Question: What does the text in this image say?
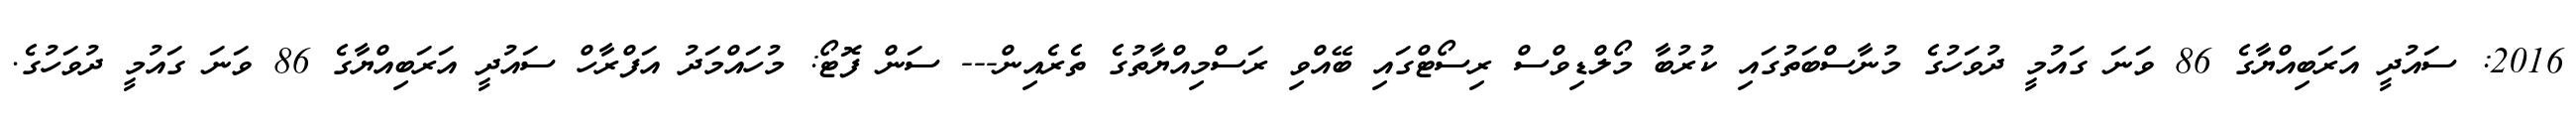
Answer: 2016: ސައުދީ އަރަބިއްޔާގެ 86 ވަނަ ގައުމީ ދުވަހުގެ މުނާސްބަތުގައި ކުރުބާ މޯލްޑިވްސް ރިސޯޓްގައި ބޭއްވި ރަސްމިއްޔާތުގެ ތެރެއިން--- ސަން ފޮޓޯ: މުހައްމަދު އަފްރާހް ސައުދީ އަރަބިއްޔާގެ 86 ވަނަ ގައުމީ ދުވަހުގެ.